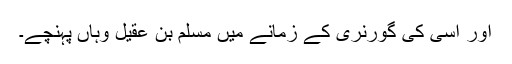
اور اسی کی گورنری کے زمانے میں مسلم بن عقیل وہاں پہنچے۔